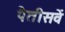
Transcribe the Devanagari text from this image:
पैतीसवें